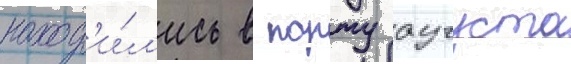
наход'и́л'ись в порту аугуста